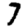
Digit: 7